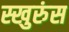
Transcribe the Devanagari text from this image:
स्खुरुंस